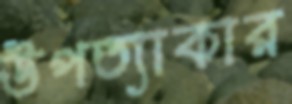
উপত্যাকার